Memorandum on the prevention of leprosy by segregation of the affected
Disease focus: Leprosy
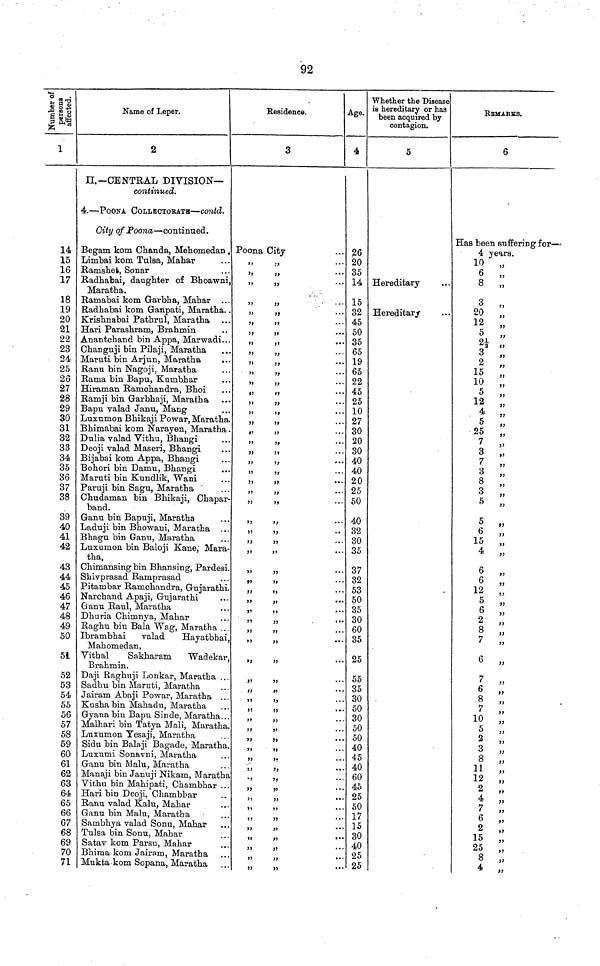
92
Number of persons affected.
1
14
15
16
17
18
19
20
21
22
23
24
25
26
27
28
29
30
31
32
33
34
35
36
37
38
39
40
41
42
43
44
45
46
47
48
49
50
51
52
53
54
55
56
57
58
59
60
61
62
63
64
65
66
67
68
69
70
71
Name of Leper.
2
II.-CENTRAL DIVISION—
continued.
4.—POONA
COLLECTORATE—contd.
City of Poona—continued.
Begam kom Chanda, Mehomedan .
Limbai kom Tulsa, Mahar
Ramshet, Sonar
Radhabai, daughter of Bboawni,
Marathta.
Ramabai kom Garbha, Mahar
Radhabai kom Ganpati, Maratha.
Krishnabai Pathrul, Maratha
Hari Parashram, Brahmin
Anantchand bin Appa, Marwadi..
Changuji bin Pilaji, Maratha
Maruti bin Arjun, Maratha
..
Ranu bin Nagoji, Maratha
Rama bin Bapu, Kumbhar
Hiraman Ramchandra, Bhoi
Ramji bin Garbhaji, Maratha
Bapu yalad Janu, Mang
Luxumon Bhikaji Powar, Maratha
Bhimabai kom Narayen, Maratha
Dulia valad Vithu, Bhangi
Deoji valad Maseri, Bhangi
Bijabai kom Appa, Bhangi
Bohori bin Damu, Bhangi
Maruti bin Kundlik, Wani
Paruji bin Sagu, Maratha
Chudaman bin Bhikaji, Chapar
band
Ganu bin Bapuji, Maratha
Laduji bin Bhowani, Maratha
Bhagu bin Ganu, Maratha
Luxumon bin Baloji Kane; Mara
tha.
Chimansing bin Bhansing, Pardesi
Shivprasad Ramprasad
Pitambar Ramchandra, Gujarathi
Narchand Apaji, Gujarathi
Ganu Raul, Maratha
Dhuria Chimnya, Mahar
Raghu bin Bala Wag, Maratha ..
Ibrambhai
valad
Hayatbhai
Mahomedan,
Vithal
Sakharam
Wadekar
Brahmin.
Daji Raghuji Lonkar, Maratha ..
Sadhu bin Maruti, Maratha
Jairam Abaji Powar, Maratha ..
Kusha bin Mahadu, Maratha
Gyana bin Bapu Sinde, Maratha.
Malhari bin Tatya Mali, Maratha
Luxumon Yesaji, Maratha
Sidu bin Balaji Bagade, Maratha
Luxumi Sonavni, Maratha
Ganu bin Malu, Maratha
Manaji bin Januji Nikam, Maratha
Vithu bin Mahipati, Chambhar .
Hari bin Deoji, Chambbar
Ranu valad Kalu, Mahar
Ganu bin Malu, Maratha
Sambhya valad Sonu, Mahar
Tulsa bin Sonu, Mahar
Satav kom Parsu, Mahar
Bhima kom Jairam, Maratha
Mukta kom Sopana, Maratha
Residence.
3
Poona City
,, ,,
,, ,,
,, ,,
,, ,,
,, ,,
,, ,,
,, ,,
,, ,,
,, ,,
,, ,,
,, ,,
,, ,,
,, ,,
,, ,,
,, ,,
,, ,,
>>
5»
,, ,,
,, ,,
,, ,,
,, ,,
,, ,,
,,
,,
••
,, ,,
,, ,,
,, ,,
,, ,,
t>
»
,, ,,
,, ,,
,, ,,
,, ,,
,, ,,
,, ,,
,, ,,
,, ,,
,, ,,
,, ,,
,, ,,
,, ,,
,, ,,
,, ,,
,,
,, ,,
,, ,,
,,
33
)3
•
Age.
4
. 35
14
15
. 32
45
. 50
35
. 65
. 19
. 65
. 22
. 45
. 25
. 10
. 27
. 30
. 20
. 30
. 40
. 40
20
. 25
50
40
32
. 30
. 35
. 37
. 32
. 53
50
.. 35
.. 30
.. 60
. 35
.. 25
.. 55
.. 35
.. 30
.. 50
.. 30
.. 50
.. 50
.. 40
.. 45
.. 40
.. 60
.. 45
.. 25
.. 50
.. 17
.. 15
.. 30
.. 40
.. 25
. 25
Whether the Disease
is hereditary or has
been acquired by
contagion.
5
Hereditary
Hereditary
REMARKS.
6
Has been suffering for—
4 years.
10 „
6 „
8 „
3 „
20 „
12 „
5 „
01
3 „
2 „
15 ,,
10
,,
12
„
5 ,,
25
„
7 ,,
3 „
7 „
3 „
8 ,,
3 „
5
,,
5 „
6 „
15 „
4 „
6
,,
6 „
12 „
5 „
6 ,,
2 „
8
„
7 ,,
6
„
7
„
6 „
8 „
7
„
10 „
5 „
2 „
3 „
8
11
12 „
2 „
4 „
>>
7
6 ,,
2 ,,
15 ,,
25
8
8 ,,